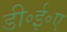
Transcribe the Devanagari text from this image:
डी॰ई॰ए